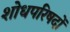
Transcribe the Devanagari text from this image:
शोधपरिषदों